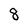
Character: 8